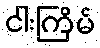
ငါးကြိမ်